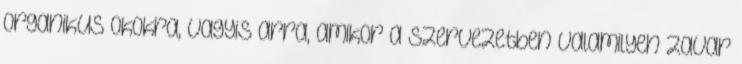
organikus okokra, vagyis arra, amikor a szervezetben valamilyen zavar